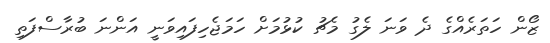
ޒޯން ހަތަރެއްގެ ދެ ވަނަ ލެގު މެޗު ކުޅުމަށް ހަމަޖެހިފައިވަނީ އަންނަ ބުރާސްފަތި